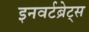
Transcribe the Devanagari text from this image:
इनवर्टब्रेट्स